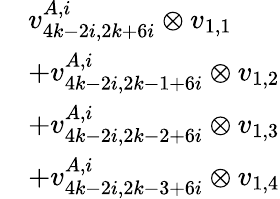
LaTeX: \begin{array}{rl}&{v_{4k-2i,2k+6i}^{A,i}\otimes v_{1,1}}\\ &{+v_{4k-2i,2k-1+6i}^{A,i}\otimes v_{1,2}}\\ &{+v_{4k-2i,2k-2+6i}^{A,i}\otimes v_{1,3}}\\ &{+v_{4k-2i,2k-3+6i}^{A,i}\otimes v_{1,4}}\end{array}